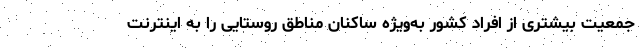
جمعیت بیشتری از افراد کشور به‌ویژه ساکنان مناطق روستایی را به اینترنت